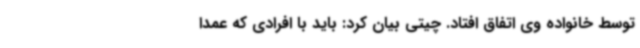
توسط خانواده وی اتفاق افتاد. چیتی بیان کرد: باید با افرادی که عمداً